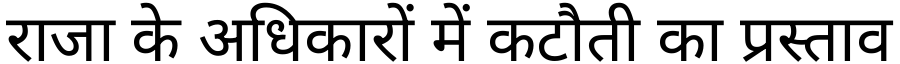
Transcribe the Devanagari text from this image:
राजा के अधिकारों में कटौती का प्रस्ताव